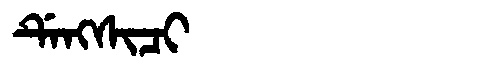
Manchu: ᡩᡝᠩᠰᡳᠴᡳ
Romanization: DENGSICI